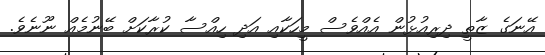
އޭނަގެ ޒާތީ ދިރިއުޅުން އެއްވެސް މީހަކާއި އަދި ހިއްސާ ކުރާކަށް ބޭނުމެއް ނޫނެވެ.